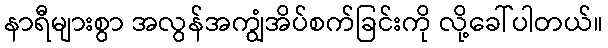
နာရီများစွာ အလွန်အကျွံအိပ်စက်ခြင်းကို လို့ခေါ်ပါတယ်။